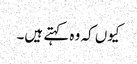
کیوں کہ وہ کہتے ہیں۔